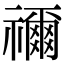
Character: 禰